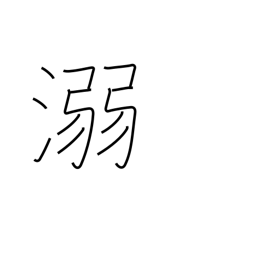
Meaning: drown